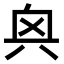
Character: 𫤭